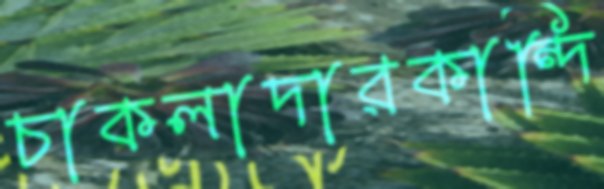
চাকলাদারকান্দি